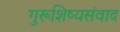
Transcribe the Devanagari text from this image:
गुरूशिष्यसंवाद